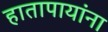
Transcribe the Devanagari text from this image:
हातापायांना